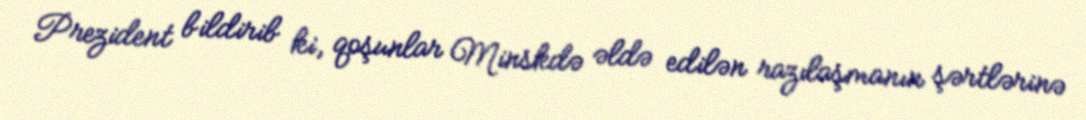
Prezident bildirib ki, qoşunlar Minskdə əldə edilən razılaşmanın şərtlərinə